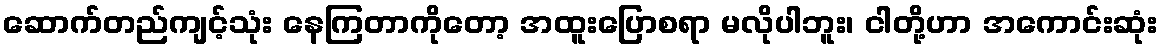
ဆောက်တည်ကျင့်သုံး နေကြတာကိုတော့ အထူးပြောစရာ မလိုပါဘူး၊ ငါတို့ဟာ အကောင်းဆုံး